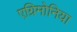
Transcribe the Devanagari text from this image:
एग्रिमोनिया